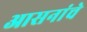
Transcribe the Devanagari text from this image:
आसनांचे